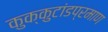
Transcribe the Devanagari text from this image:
कुक्कुटांडप्रमाण